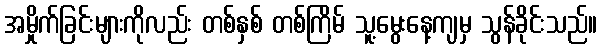
အမှိုက်ခြင်းများကိုလည်း တစ်နှစ် တစ်ကြိမ် သူ့မွေးနေ့ကျမှ သွန်ခိုင်းသည်။